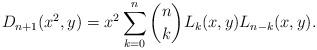
LaTeX: \begin{align*} D_{n+1}(x^2,y) = x^2 \sum_{k=0} ^{n } { n \choose k} L_{k}(x,y) L_{n -k}(x,y). \end{align*}